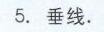
5. 垂线.